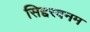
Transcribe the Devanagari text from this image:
सिद्दरवनम